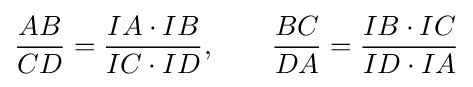
{\frac {AB}{CD}}={\frac {IA\cdot IB}{IC\cdot ID}},\quad \quad {\frac {BC}{DA}}={\frac {IB\cdot IC}{ID\cdot IA}}